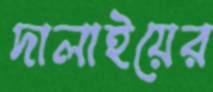
দালাইয়ের